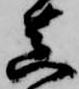
真